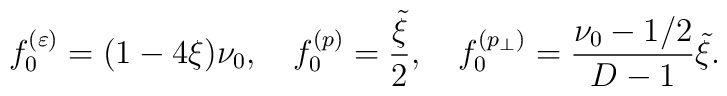
f^{(\varepsilon )}_{0}=(1-4\xi )\nu _0,\quad f^{(p)}_{0}= \frac{\tilde \xi }{2},\quad f^{(p_{\perp })}_{0}=\frac{\nu _0-1/2}{D-1}\tilde \xi .